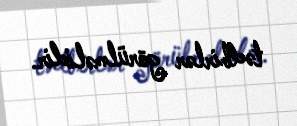
tədbirlər görülməlidir.